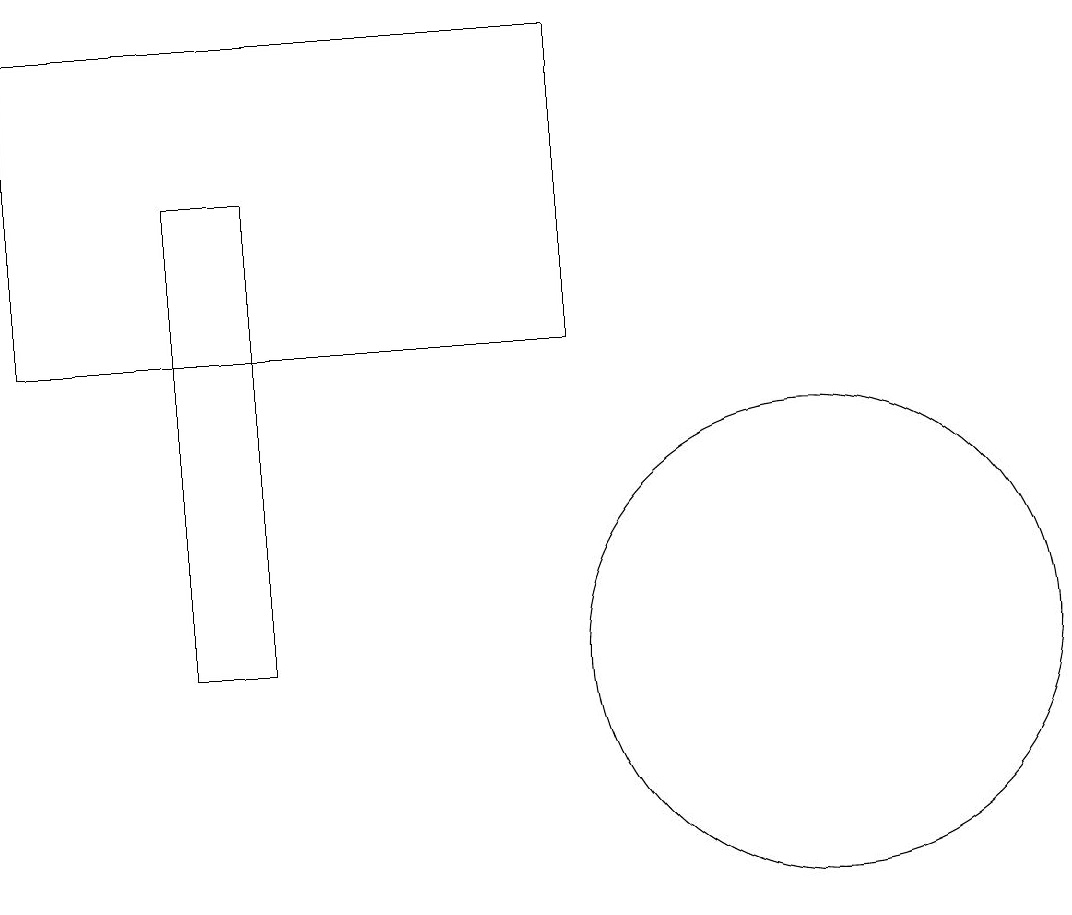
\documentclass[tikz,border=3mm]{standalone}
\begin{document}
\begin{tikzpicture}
\draw (10,10) circle (3);
\draw (3,10) rectangle (2,16);
\draw (7,18) rectangle (0,14);
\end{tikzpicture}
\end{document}